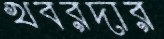
খবরদার